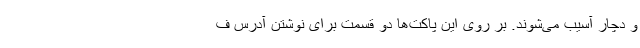
و دچار آسیب می‌شوند. بر روی این پاکت‌ها دو قسمت برای نوشتن آدرس ف